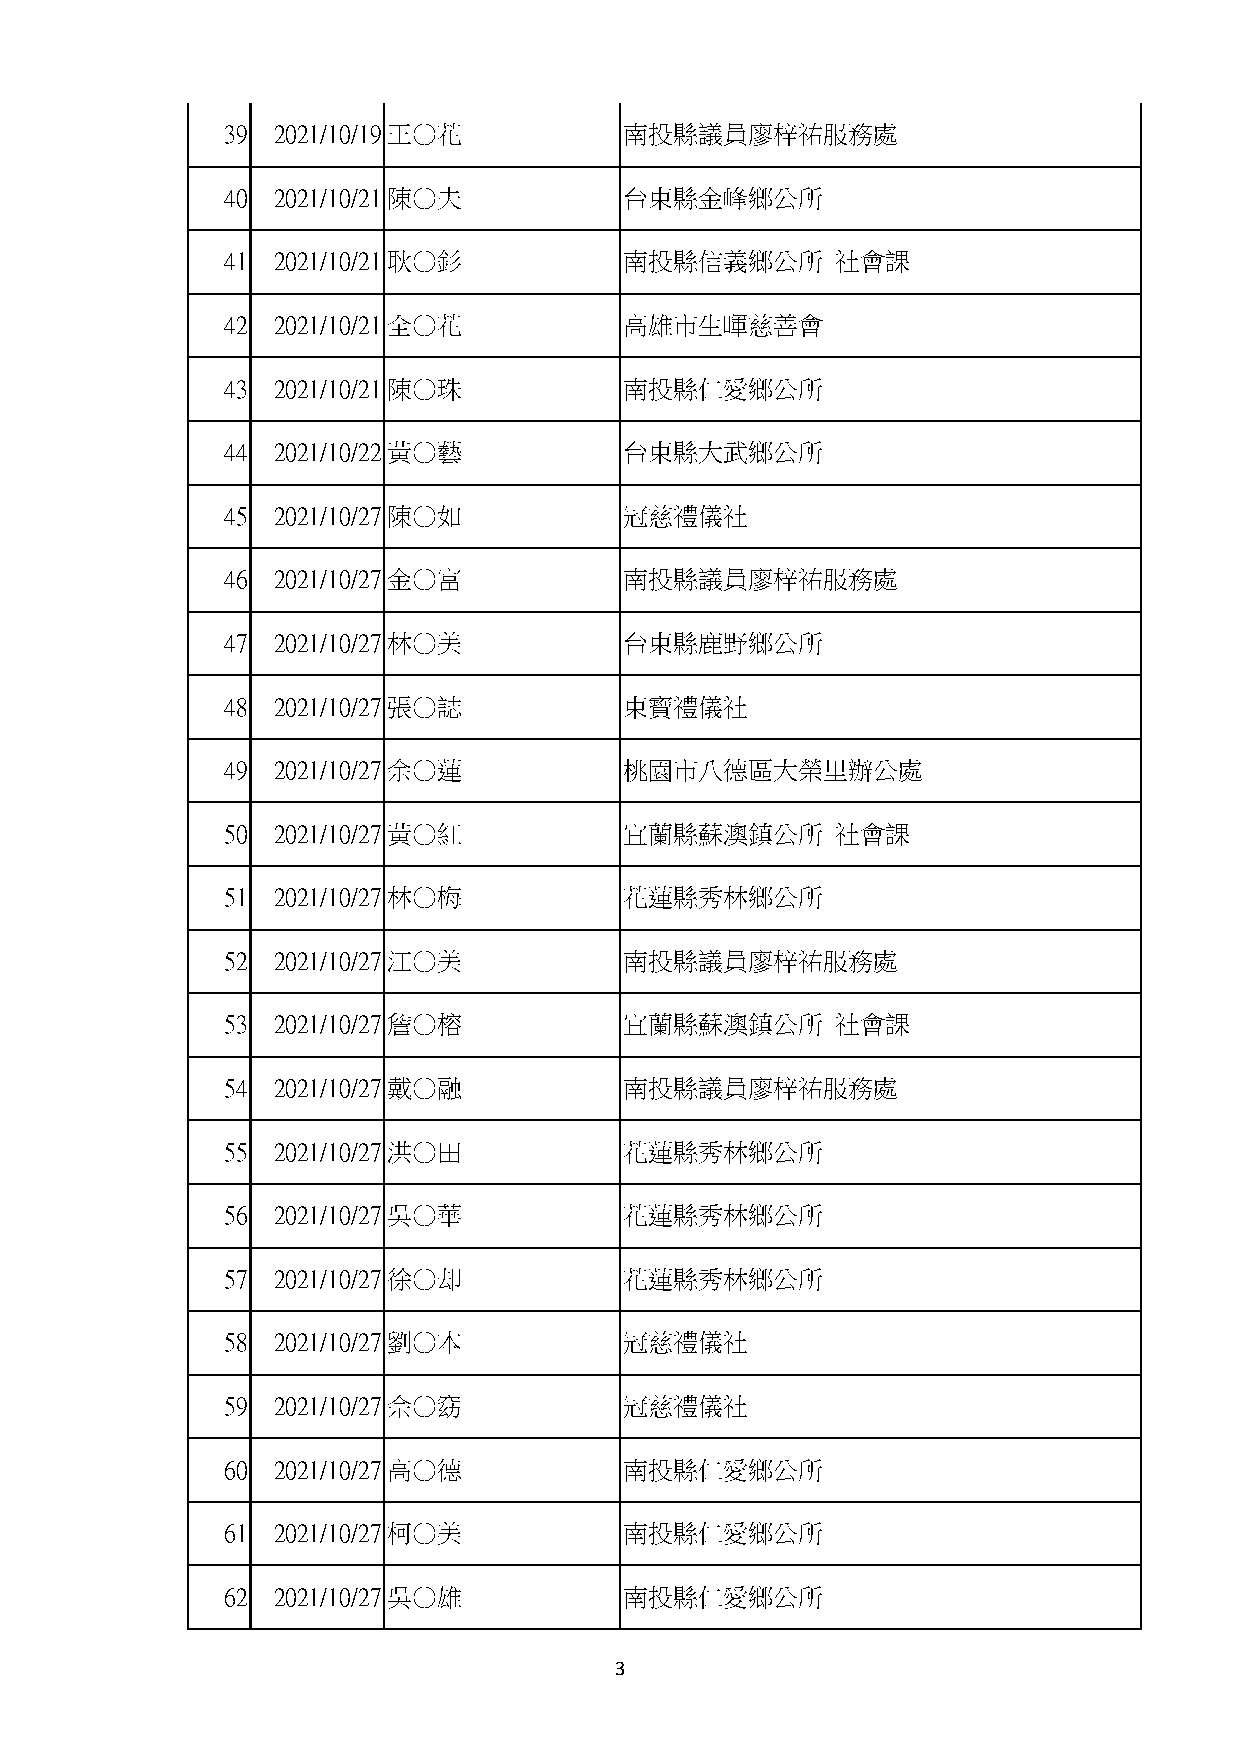
39 2021/10/19 王○花         南投縣議員廖梓祐服務處
 40 2021/10/21 陳○夫         台東縣金峰鄉公所
 41 2021/10/21 耿○釤         南投縣信義鄉公所      社會課
 42 2021/10/21 全○花         高雄市生暉慈善會
 43 2021/10/21 陳○珠         南投縣仁愛鄉公所
 44 2021/10/22 黃○藝         台東縣大武鄉公所
 45 2021/10/27 陳○如         冠慈禮儀社
 46 2021/10/27 金○富         南投縣議員廖梓祐服務處
 47 2021/10/27 林○美         台東縣鹿野鄉公所
 48 2021/10/27 張○誌         東寶禮儀社
 49 2021/10/27 余○蓮         桃園市八德區大榮里辦公處
 50 2021/10/27 黃○紅         宜蘭縣蘇澳鎮公所      社會課
 51 2021/10/27 林○梅         花蓮縣秀林鄉公所
 52 2021/10/27 江○美         南投縣議員廖梓祐服務處
 53 2021/10/27 詹○榕         宜蘭縣蘇澳鎮公所      社會課
 54 2021/10/27 戴○融         南投縣議員廖梓祐服務處
 55 2021/10/27 洪○田         花蓮縣秀林鄉公所
 56 2021/10/27 吳○華         花蓮縣秀林鄉公所
 57 2021/10/27 徐○却         花蓮縣秀林鄉公所
 58 2021/10/27 劉○本         冠慈禮儀社
 59 2021/10/27 佘○窈         冠慈禮儀社
 60 2021/10/27 高○德         南投縣仁愛鄉公所
 61 2021/10/27 柯○美         南投縣仁愛鄉公所
 62 2021/10/27 吳○雄         南投縣仁愛鄉公所
 3